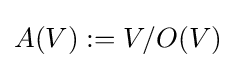
A(V):=V/O(V)